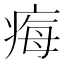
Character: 痗